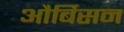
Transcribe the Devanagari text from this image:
और्बिसन